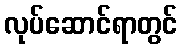
လုပ်ဆောင်ရာတွင်